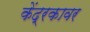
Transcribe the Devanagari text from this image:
केंद्रकावर